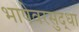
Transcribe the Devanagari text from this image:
भाषेवरसुद्धा